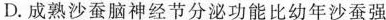
D.成熟沙蚕脑神经节分泌功能比幼年沙蚕强